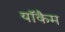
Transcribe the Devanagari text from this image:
याॅकैम